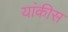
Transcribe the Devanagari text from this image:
यांकीस